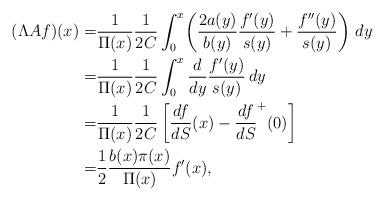
LaTeX: \begin{align*}(\Lambda Af)(x)=&\frac{1}{\Pi(x)}\frac{1}{2C}\int^x_0\!\left( \frac{2a(y)}{b(y)}\frac{f'(y)}{s(y)}+\frac{f''(y)}{s(y)} \right)\,dy\\=&\frac{1}{\Pi(x)}\frac{1}{2C}\int^x_0 \frac{d}{dy} \frac{f'(y)}{s(y)}\,dy\\=&\frac{1}{\Pi(x)}\frac{1}{2C}\left[ \frac{df}{dS}(x)-\frac{df}{dS}^+(0) \right]\\=& \frac{1}{2}\frac{b(x)\pi(x)}{\Pi(x)}f'(x),\end{align*}